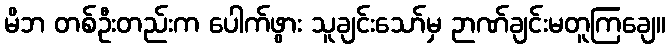
မိဘ တစ်ဦးတည်းက ပေါက်ဖွား သူချင်းသော်မှ ဉာဏ်ချင်းမတူကြချေ။